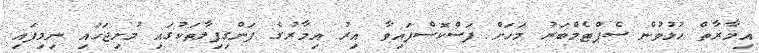
އިމާރާތް ހުޅުވުން ސެޕްޓެމްބަރު މަހަށް ފަސްކޮސްފައިވާ އިރު އިމާރުގެ ފަންގިފިލާތަކުގައި މުށިޖަހައި ނިމިފައި